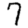
Digit: 7